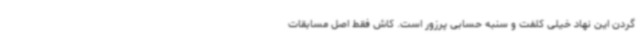
گردن این نهاد خیلی کلفت و سنبه حسابی پرزور است. کاش فقط اصل مسابقات